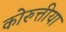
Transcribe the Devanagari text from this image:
कोरुत्तीया